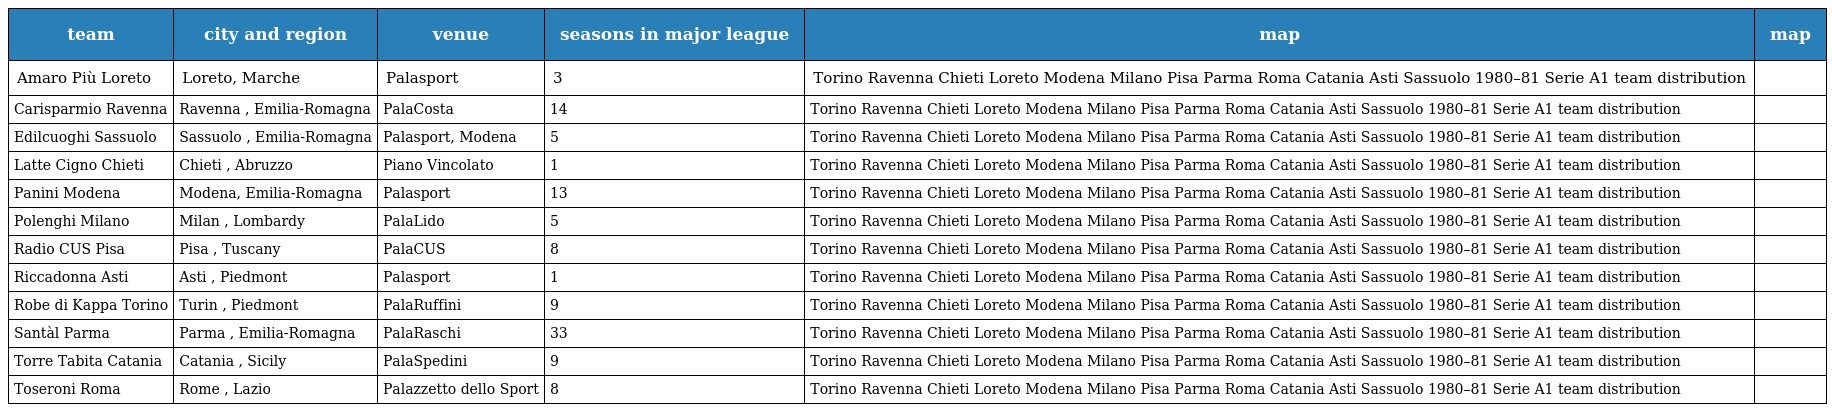
| team | city and region | venue | seasons in major league | map | map |
 | --- | --- | --- | --- | --- | --- |
 | Amaro Più Loreto | Loreto, Marche | Palasport | 3 | Torino Ravenna Chieti Loreto Modena Milano Pisa Parma Roma Catania Asti Sassuolo 1980–81 Serie A1 team distribution |  |
 | Carisparmio Ravenna | Ravenna , Emilia-Romagna | PalaCosta | 14 | Torino Ravenna Chieti Loreto Modena Milano Pisa Parma Roma Catania Asti Sassuolo 1980–81 Serie A1 team distribution |  |
 | Edilcuoghi Sassuolo | Sassuolo , Emilia-Romagna | Palasport, Modena | 5 | Torino Ravenna Chieti Loreto Modena Milano Pisa Parma Roma Catania Asti Sassuolo 1980–81 Serie A1 team distribution |  |
 | Latte Cigno Chieti | Chieti , Abruzzo | Piano Vincolato | 1 | Torino Ravenna Chieti Loreto Modena Milano Pisa Parma Roma Catania Asti Sassuolo 1980–81 Serie A1 team distribution |  |
 | Panini Modena | Modena, Emilia-Romagna | Palasport | 13 | Torino Ravenna Chieti Loreto Modena Milano Pisa Parma Roma Catania Asti Sassuolo 1980–81 Serie A1 team distribution |  |
 | Polenghi Milano | Milan , Lombardy | PalaLido | 5 | Torino Ravenna Chieti Loreto Modena Milano Pisa Parma Roma Catania Asti Sassuolo 1980–81 Serie A1 team distribution |  |
 | Radio CUS Pisa | Pisa , Tuscany | PalaCUS | 8 | Torino Ravenna Chieti Loreto Modena Milano Pisa Parma Roma Catania Asti Sassuolo 1980–81 Serie A1 team distribution |  |
 | Riccadonna Asti | Asti , Piedmont | Palasport | 1 | Torino Ravenna Chieti Loreto Modena Milano Pisa Parma Roma Catania Asti Sassuolo 1980–81 Serie A1 team distribution |  |
 | Robe di Kappa Torino | Turin , Piedmont | PalaRuffini | 9 | Torino Ravenna Chieti Loreto Modena Milano Pisa Parma Roma Catania Asti Sassuolo 1980–81 Serie A1 team distribution |  |
 | Santàl Parma | Parma , Emilia-Romagna | PalaRaschi | 33 | Torino Ravenna Chieti Loreto Modena Milano Pisa Parma Roma Catania Asti Sassuolo 1980–81 Serie A1 team distribution |  |
 | Torre Tabita Catania | Catania , Sicily | PalaSpedini | 9 | Torino Ravenna Chieti Loreto Modena Milano Pisa Parma Roma Catania Asti Sassuolo 1980–81 Serie A1 team distribution |  |
 | Toseroni Roma | Rome , Lazio | Palazzetto dello Sport | 8 | Torino Ravenna Chieti Loreto Modena Milano Pisa Parma Roma Catania Asti Sassuolo 1980–81 Serie A1 team distribution |  |